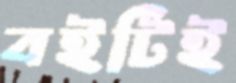
বইটিই